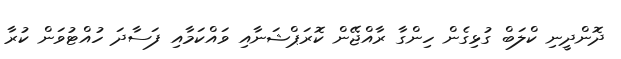
ދޮންދީނި ކްލަބް ގުޅިގެން ހިންގާ ރާއްޖޭން ކޮރަޕްޝަނާއި ވައްކަމާއި ފަސާދަ ހުއްޓުވަން ކުރާ